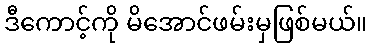
ဒီကောင့်ကို မိအောင်ဖမ်းမှဖြစ်မယ်။